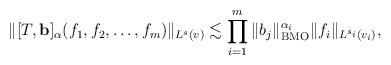
LaTeX: \begin{align*}\|[T, \textbf{b}]_\alpha (f_1, f_2,\dots, f_m)\|_{L^s (v)}\lesssim\prod_{i=1}^m \|b_j\|^{\alpha_i}_{{\rm BMO}} \|f_i\|_{L^{s_i}\left(v_i\right)},\end{align*}